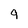
Character: 9